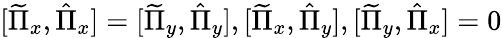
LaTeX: [\widetilde{\Pi}_{x},\hat{\Pi}_{x}]=[\widetilde{\Pi}_{y},\hat{\Pi}_{y}],[\widetilde{\Pi}_{x},\hat{\Pi}_{y}],[\widetilde{\Pi}_{y},\hat{\Pi}_{x}]=0